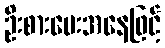
ဦးစားပေးအနေဖြင့်